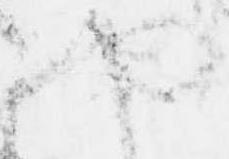
や